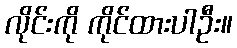
လိုင်းကို ကိုင်ထားပါဦး။